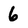
Character: 6